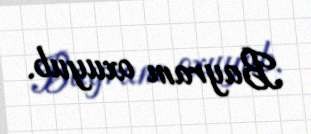
Bayram oxuyub.